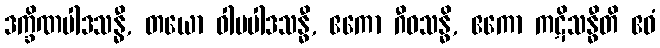
ဒက္ခိဏပါဒသန္ဓီ, တယော ဝါမပါဒသန္ဓီ, ဧကော ဂီဝသန္ဓိ, ဧကော ကဋိသန္ဓီတိ ဧဝံ